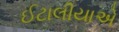
ઈટાલીયાએ